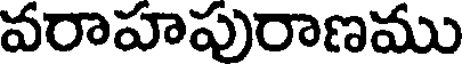
వరాహపురాణము